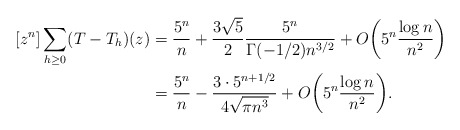
\begin{align*} \begin{aligned} [z^n]\sum_{h\ge 0}(T-T_h)(z) &= \frac{5^n}{n} +\frac{3\sqrt{5}}{2}\frac{5^n}{\Gamma(-1/2)n^{3/2}}+O\biggl(5^n\frac{\log n}{n^2}\biggr)\\ &= \frac{5^n}{n}-\frac{3\cdot 5^{n+1/2}}{4\sqrt{\pi n^3}}+O\biggl(5^n\frac{\log n}{n^2}\biggr). \end{aligned} \end{align*}